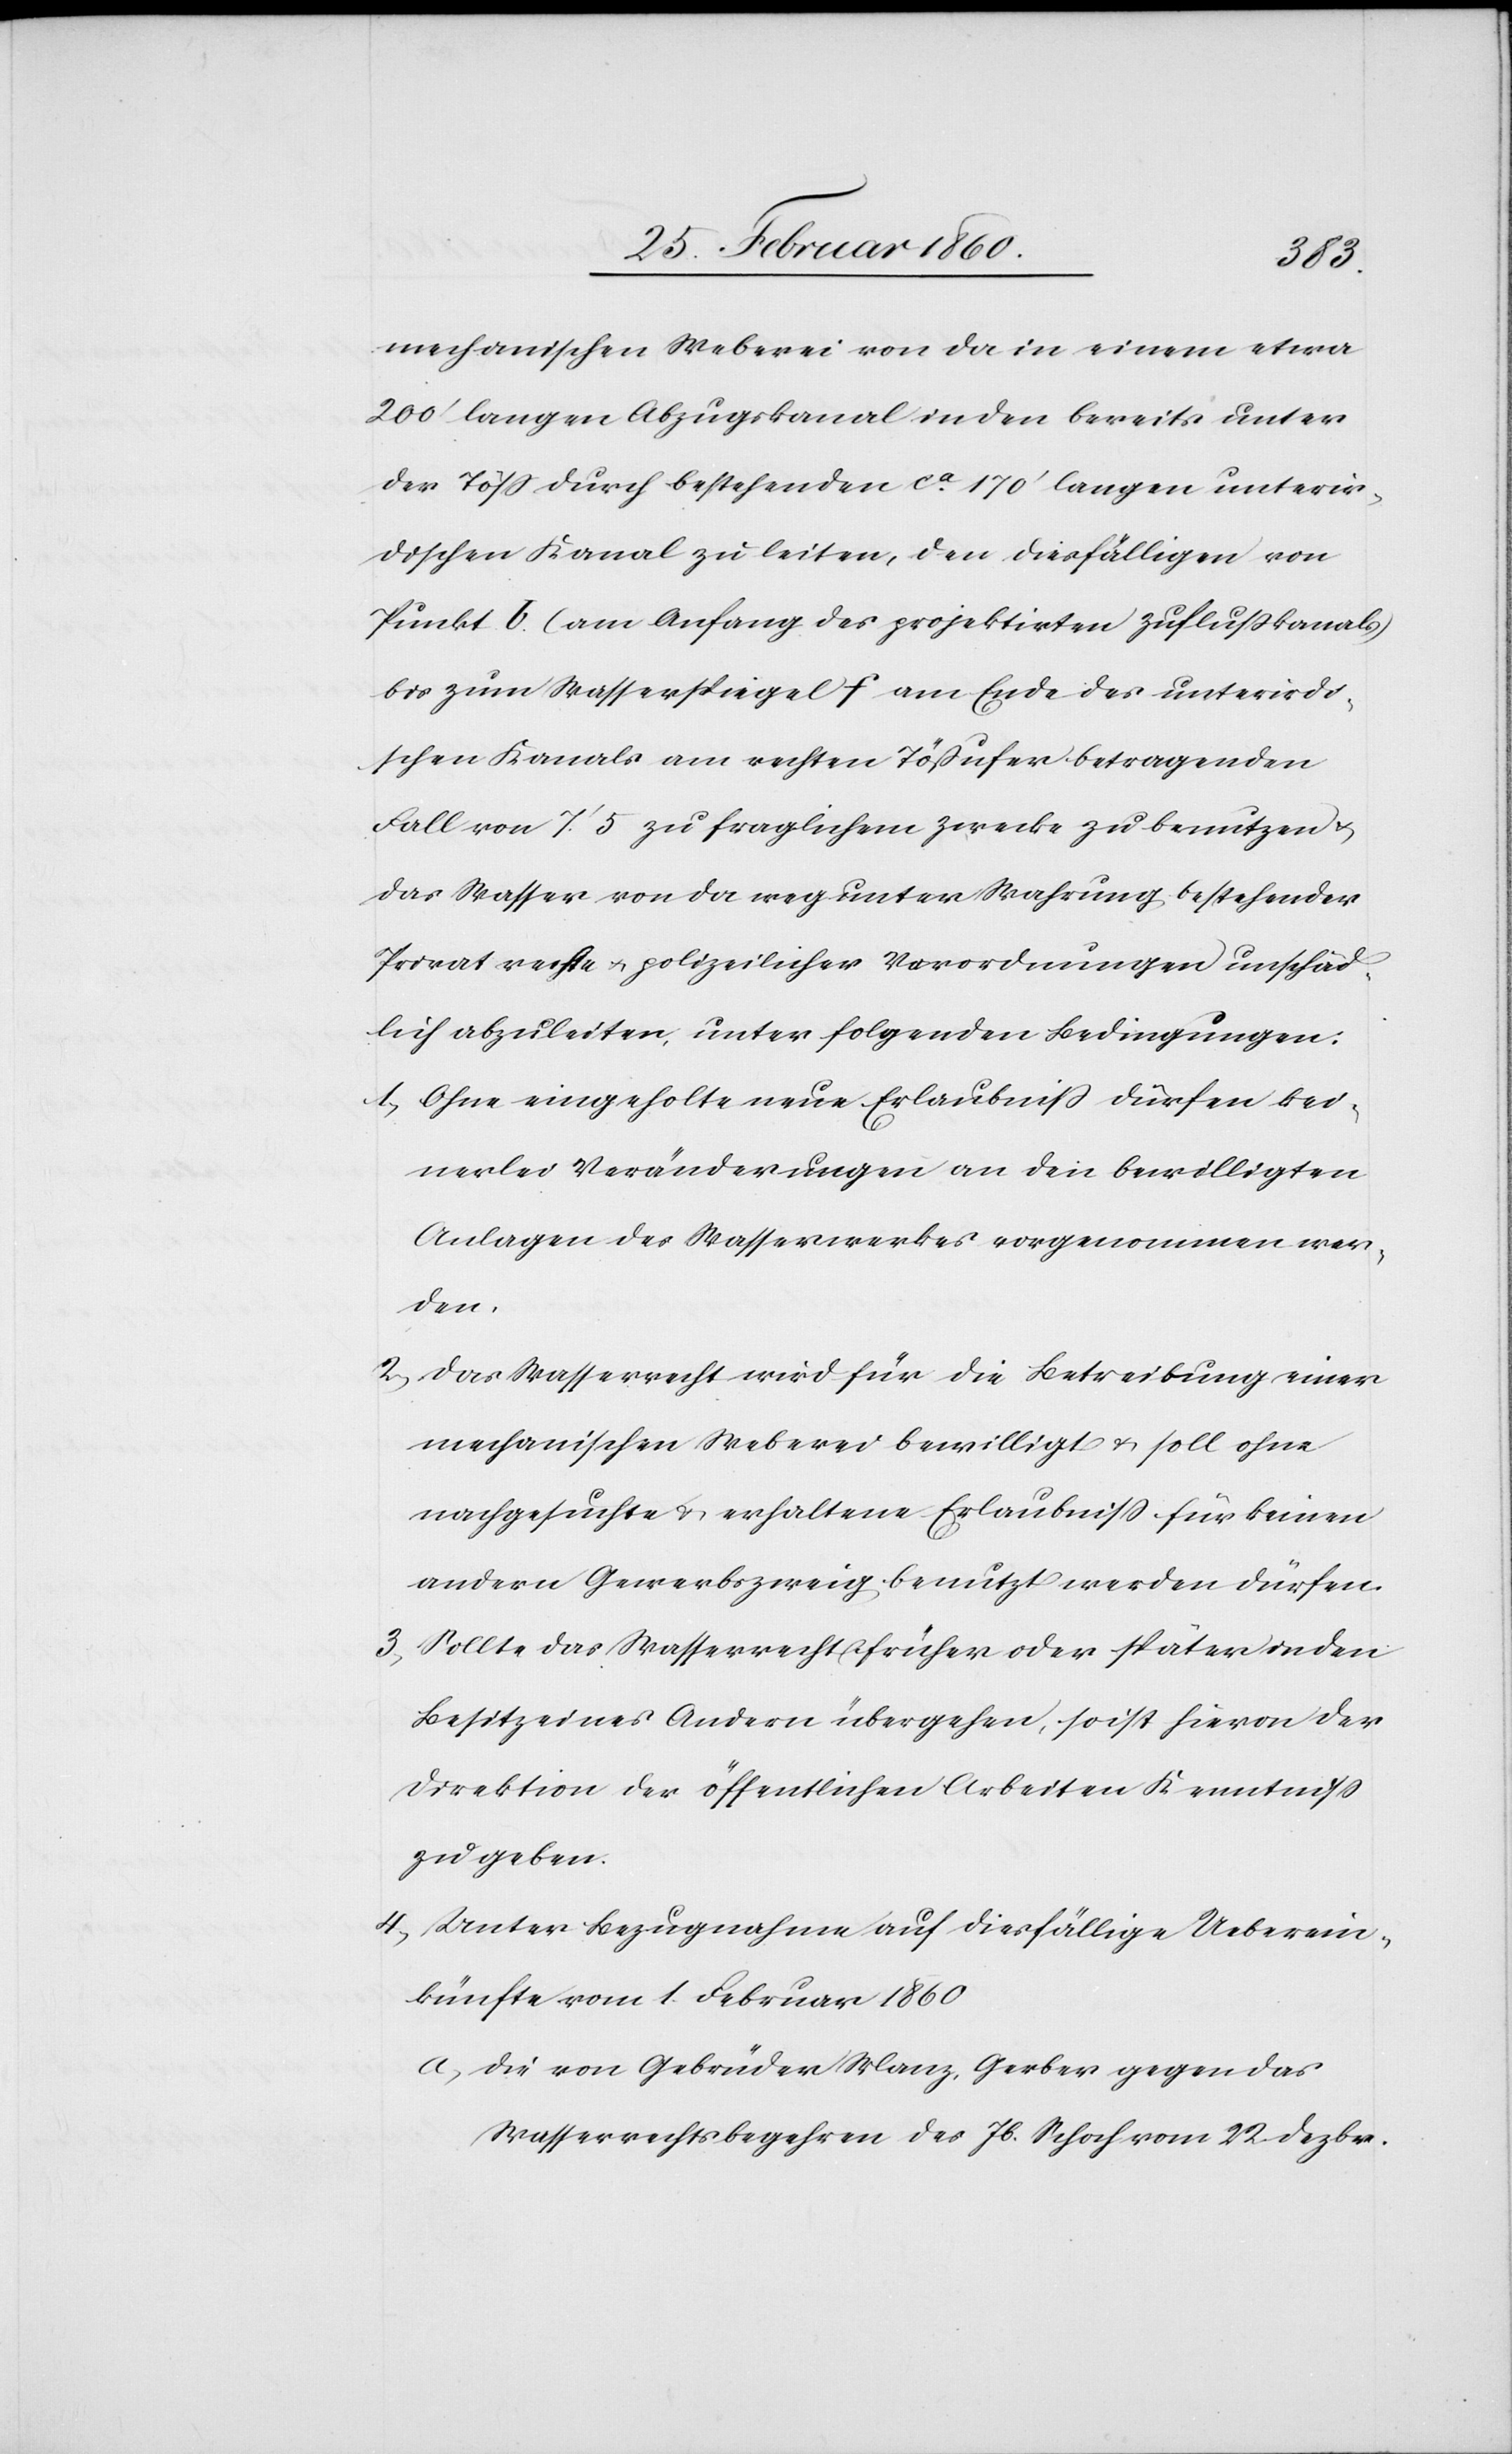
mechanischen Weberei von da in einem etwa
200’ langen Abzugkanal in den bereits unter
der Töss durch bestehenden ca 170’ langen unterir¬
dischen Kanal zu leiten, den diesfälligen von
Punkt b. (am Anfang des projektirten Zuflusskanals)
bis zum Wasserspiegel f am Ende des unterirdi¬
schen Kanals am rechten Tössufer betragenden
Fall von 7’ 5. zu fraglichem Zwecke zu benutzen u.
das Wasser von da weg unter Wahrung bestehender
Privatrechte u. polizeilicher Verordnungen unschäd¬
lich abzuleiten, unter folgenden Bedingungen:
1. Ohne eingeholte neue Erlaubniss dürfen kei¬
nerlei Veränderungen an den bewilligten
Anlagen des Wasserwerkes vorgenommen wer¬
den.
2. Das Wasserrecht wird für die Betreibung einer
mechanischen Weberei bewilligt u. soll ohne
nachgesuchte u. erhaltenen Erlaubniss Finanzrath keinen
andern Gewerbszweig benutzt werden dürfen.
3. Sollte das Wasserrecht früher oder später in den
Besitz eines Andern übergehen, so ist hiervon der
Direktion der öffentlichen Arbeiten Kenntniß
zu geben.
4. Unter Bezugnahme auf diesfällige Ueberein¬
künfte vom 1.Februar 1860.
a. die von Gebrüder Manz, Gerber gegen das
Wasserrechtsbegehren des Jb. Schoch vom 22. Dezbr.